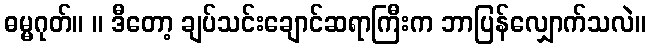
ဓမ္မဂုတ်။ ။ ဒီတော့ ချပ်သင်းချောင်ဆရာကြီးက ဘာပြန်လျှောက်သလဲ။